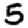
Digit: 5